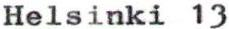
Helsinki 13